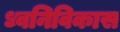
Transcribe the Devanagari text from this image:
ध्वनिविकास